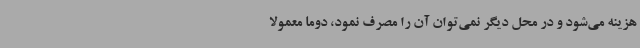
هزینه می‌شود و در محل دیگر نمی‌توان آن را مصرف نمود، دوما معمولا